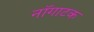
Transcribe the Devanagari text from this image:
नॉगाटक